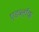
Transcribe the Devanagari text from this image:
एडब्लॉक